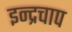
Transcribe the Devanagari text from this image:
इन्द्रचाप